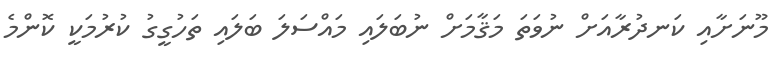
މޫނަށާއި ކަނދުރާއަށް ނުވަތަ މަޤާމަށް ނުބަލައި މައްސަލަ ބަލައި ތަހުގީގު ކުރުމަކީ ކޮންމެ